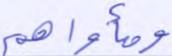
ومأواهم